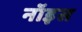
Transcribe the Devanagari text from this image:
नॉइस